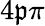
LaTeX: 4\mathfrak{p}\pi